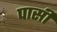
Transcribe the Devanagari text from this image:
पार्सी